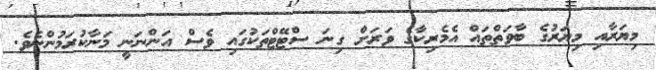
މިޔަރާއި މިޔަރުގެ ބާވަތްތައް އެމެރިކާގެ ވަރަށް ގިނަ ސްޓޭޓްތަކުގައި ވެސް އަންނަނީ މަނާކުރަމުންނެވެ.